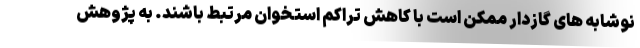
نوشابه های گازدار ممکن است با کاهش تراکم استخوان مرتبط باشند. به پژوهش